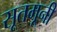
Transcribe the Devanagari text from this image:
सूतमूनी